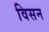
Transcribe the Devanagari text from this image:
विसन